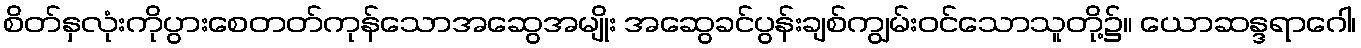
စိတ်နှလုံးကိုပွားစေတတ်ကုန်သောအဆွေအမျိုး အဆွေခင်ပွန်းချစ်ကျွမ်းဝင်သောသူတို့၌။ ယောဆန္ဒရာဂေါ၊